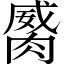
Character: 𦞏